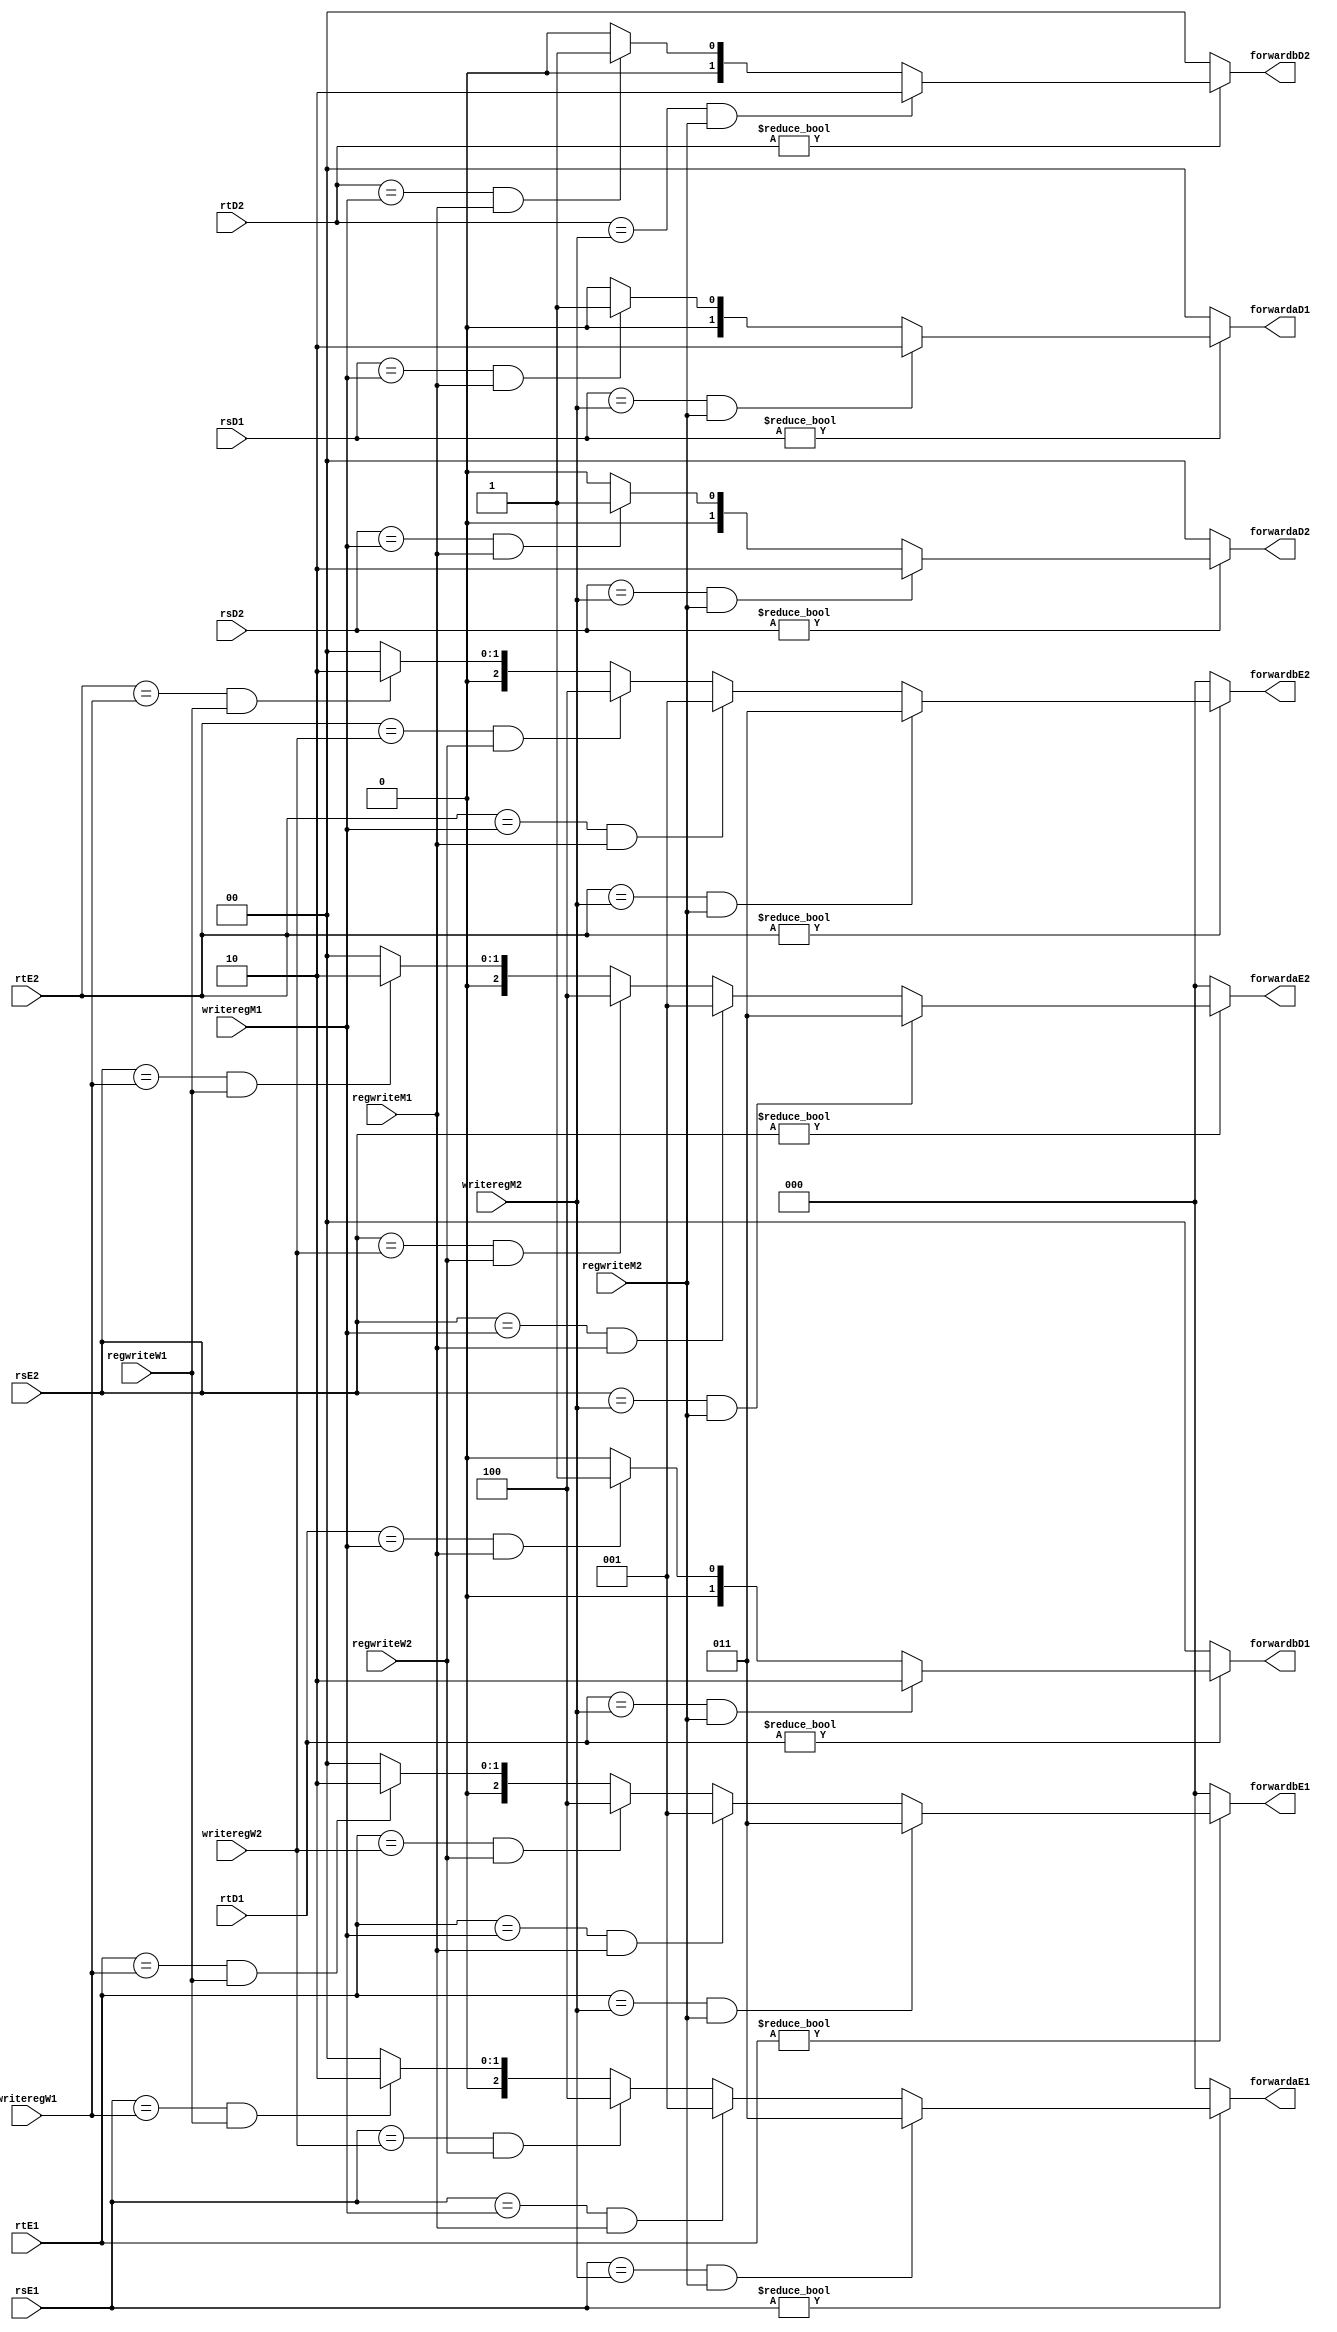
module forwarding_unit(input [4:0] rsD1, rtD1, rsD2, rtD2, 
                       input [4:0] rsE1, rtE1, rsE2, rtE2,
                       input regwriteM1, regwriteM2, input [4:0] writeregM1, writeregM2,
                       input regwriteW1, regwriteW2, input [4:0] writeregW1, writeregW2,
                       output reg [1:0] forwardaD1, forwardbD1, forwardaD2, forwardbD2,
                       output reg [2:0] forwardaE1, forwardbE1, forwardaE2, forwardbE2);

  always @(*) begin
    
    //forward to decode stage
    if(rsD1 != 0) begin //outM1, outM2,
      if     (rsD1 == writeregM2 & regwriteM2) forwardaD1 = 2'd2;
      else if(rsD1 == writeregM1 & regwriteM1) forwardaD1 = 2'd1;
      else forwardaD1 = 2'd0;
    end
    else forwardaD1 = 2'd0;
    if(rtD1 != 0) begin
      if     (rtD1 == writeregM2 & regwriteM2) forwardbD1 = 2'd2;
      else if(rtD1 == writeregM1 & regwriteM1) forwardbD1 = 2'd1;
      else forwardbD1 = 2'd0;
    end
    else forwardbD1 = 2'd0; 
    if(rsD2 != 0) begin //outM1, outM2,
      if     (rsD2 == writeregM2 & regwriteM2) forwardaD2 = 2'd2;
      else if(rsD2 == writeregM1 & regwriteM1) forwardaD2 = 2'd1;
      else forwardaD2 = 2'd0;
    end
    else forwardaD2 = 2'd0;
    if(rtD2 != 0) begin
      if     (rtD2 == writeregM2 & regwriteM2) forwardbD2 = 2'd2;
      else if(rtD2 == writeregM1 & regwriteM1) forwardbD2 = 2'd1;
      else forwardbD2 = 2'd0;
    end 
    else forwardbD2 = 2'd0;

    //forward to execution stage
    if(rsE1 != 0) begin //outM1, resultW1, outM2, resultW2,
      if     (rsE1 == writeregM2 & regwriteM2) forwardaE1 = 3'd3;
      else if(rsE1 == writeregM1 & regwriteM1) forwardaE1 = 3'd1;
      else if(rsE1 == writeregW2 & regwriteW2) forwardaE1 = 3'd4;
      else if(rsE1 == writeregW1 & regwriteW1) forwardaE1 = 3'd2;
      else forwardaE1 = 3'd0;
    end
    else forwardaE1 = 2'd0;
    if(rtE1 != 0) begin
      if     (rtE1 == writeregM2 & regwriteM2) forwardbE1 = 3'd3;
      else if(rtE1 == writeregM1 & regwriteM1) forwardbE1 = 3'd1;
      else if(rtE1 == writeregW2 & regwriteW2) forwardbE1 = 3'd4;
      else if(rtE1 == writeregW1 & regwriteW1) forwardbE1 = 3'd2;
      else forwardbE1 = 3'd0;
    end
    else forwardbE1 = 3'd0;
    if(rsE2 != 0) begin //outM1, resultW1, outM2, resultW2,
      if     (rsE2 == writeregM2 & regwriteM2) forwardaE2 = 3'd3;
      else if(rsE2 == writeregM1 & regwriteM1) forwardaE2 = 3'd1;
      else if(rsE2 == writeregW2 & regwriteW2) forwardaE2 = 3'd4;
      else if(rsE2 == writeregW1 & regwriteW1) forwardaE2 = 3'd2;
      else forwardaE2 = 3'd0;
    end
    else forwardaE2 = 3'd0;
    if(rtE2 != 0) begin
      if     (rtE2 == writeregM2 & regwriteM2) forwardbE2 = 3'd3;
      else if(rtE2 == writeregM1 & regwriteM1) forwardbE2 = 3'd1;
      else if(rtE2 == writeregW2 & regwriteW2) forwardbE2 = 3'd4;
      else if(rtE2 == writeregW1 & regwriteW1) forwardbE2 = 3'd2;
      else forwardbE2 = 3'd0;
    end
    else forwardbE2 = 3'd0;
  end

endmodule